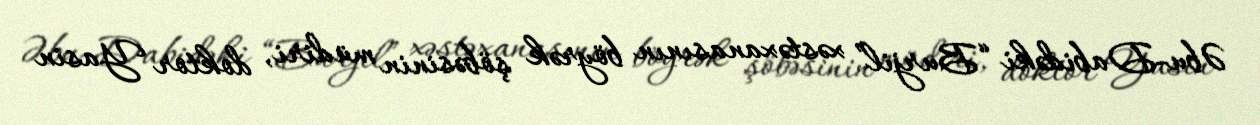
Əbu-Dabidəki “Burjil” xəstəxanasının böyrək şöbəsinin müdiri, doktor Yasin